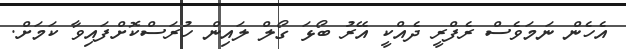
އެހެން ނަމަވެސް ރެފްރީ ދެއްކީ އޭރު ބޯޅަ ގޯލް ލައިން ހުރަސްކޮށްފައިވާ ކަމަށް.